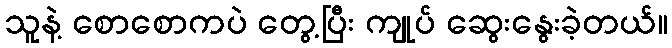
သူနဲ့ စောစောကပဲ တွေ့ပြီး ကျုပ် ဆွေးနွေးခဲ့တယ်။